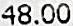
48.00